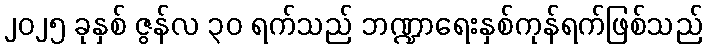
၂၀၂၅ ခုနှစ် ဇွန်လ ၃၀ ရက်သည် ဘဏ္ဍာရေးနှစ်ကုန်ရက်ဖြစ်သည်